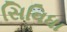
સિવિધા